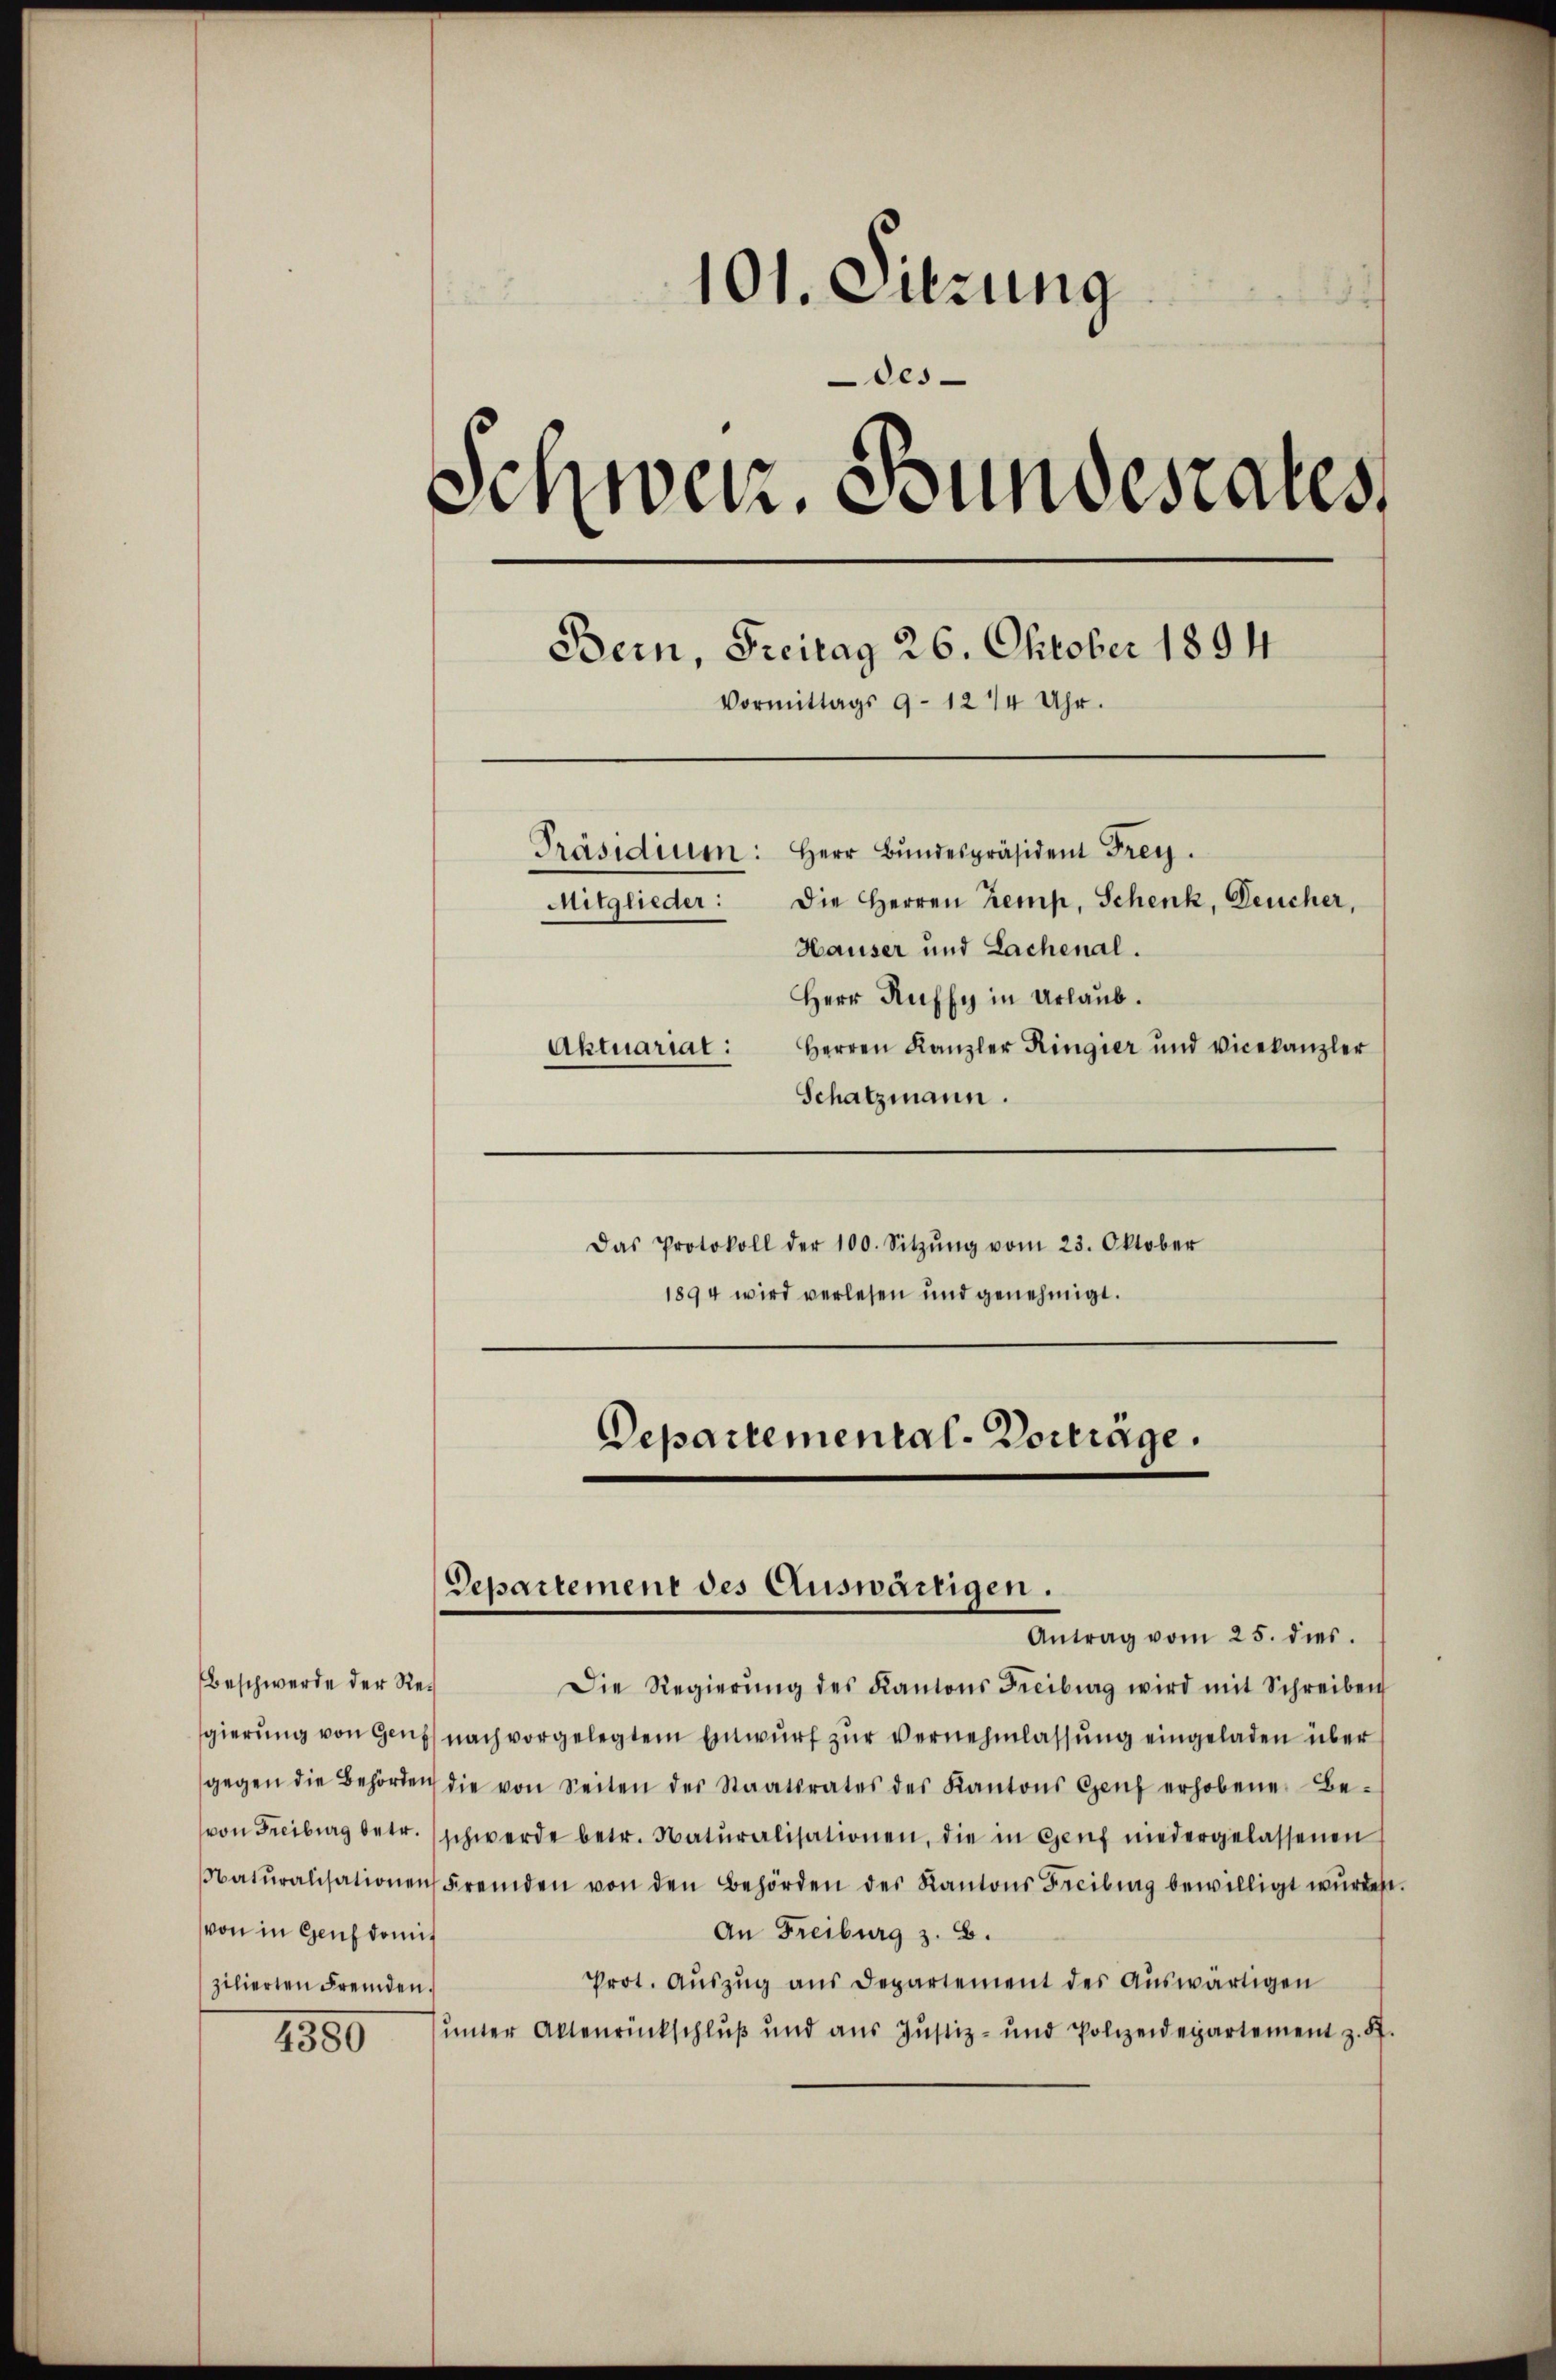
Beschwerde der Revon in Geich damit
zilierten Fremden.

1550

101. Sitzung
Oes
Schweiz. Bundesrates,
Bern, Freitag 26. Oktober 1894
Vormittags 9-1274 Uhr.
Präsidium: Herr Bundespräsident Frey.
Die Herren Kemp, Schenk, Deucher,
Mitglieder:
Hauser und Lachenal.
Herr Ruffy in Urlaub.
Herren Kanzler Ringier und Vicekanzler
Aktuariat:
Schatzmann.

Das Protokoll der 100. Sitzŭng vom 23. Oktober
1894 wird verlesen und genehmigt.

Die Regierŭng des Kantons Freiburg wird mit Schreiben
sgierung von Genf nach vorgelegtem Einwurf zur Vernehmlassung eingeladen über
gegen die Behörden die von Seiten der Staatsrates des Kantons Genf erhobene Be-
von Freiburg betr. (schwerde betr. Natŭralisationen, die in Genf niedergelassenen
Natŭralisationen Fremden von den Behörden des Kantons Freiburg bewilligt wŭrdent.
An Freiburg z. B.
Prot. Auszug aus Departement des Auswärtigen
unter Aktenrückschluß und aus Justiz- und Polizeidepartement z. K.

Departemental-Vorträge.
Departement des Auswärtigen.
Antrag vom 25. dies